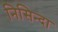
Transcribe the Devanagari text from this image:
निसिन्दा